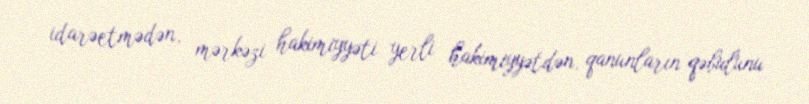
idarəetmədən, mərkəzi hakimiyyəti yerli hakimiyyətdən, qanunların qəbulunu